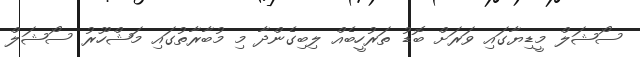
ސޯޝަލް މީޑިޔާގައި ވަރަށް ބޮޑު ތަރުހީބެއް ލިބިގެންދާ މި މުބާރާތުގައި މަޝްހޫރު ސޯޝަލް